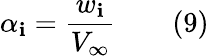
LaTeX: \alpha_{\mathbf{i}}={\frac{{w_{\mathbf{i}}}}{{V_{\infty}}}}\qquad(9)